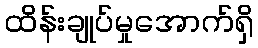
ထိန်းချုပ်မှုအောက်ရှိ